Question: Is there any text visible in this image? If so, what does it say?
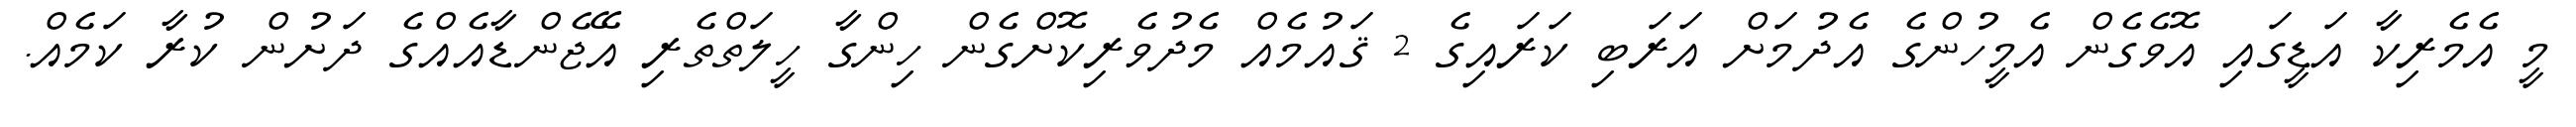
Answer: މީ އެމެރިކާ އަޑީގައި އޮވެގެން އެމީހުންގެ އެދުމަށް އަރަބި ކަރައިގެ 2 ޤައުމެއް މެދުވެރިކޮށްގެން ހިންގާ ހީލަތްތެރި އޭޖެންޑާއެއްގެ ދަށުން ކުރާ ކަމެއް.